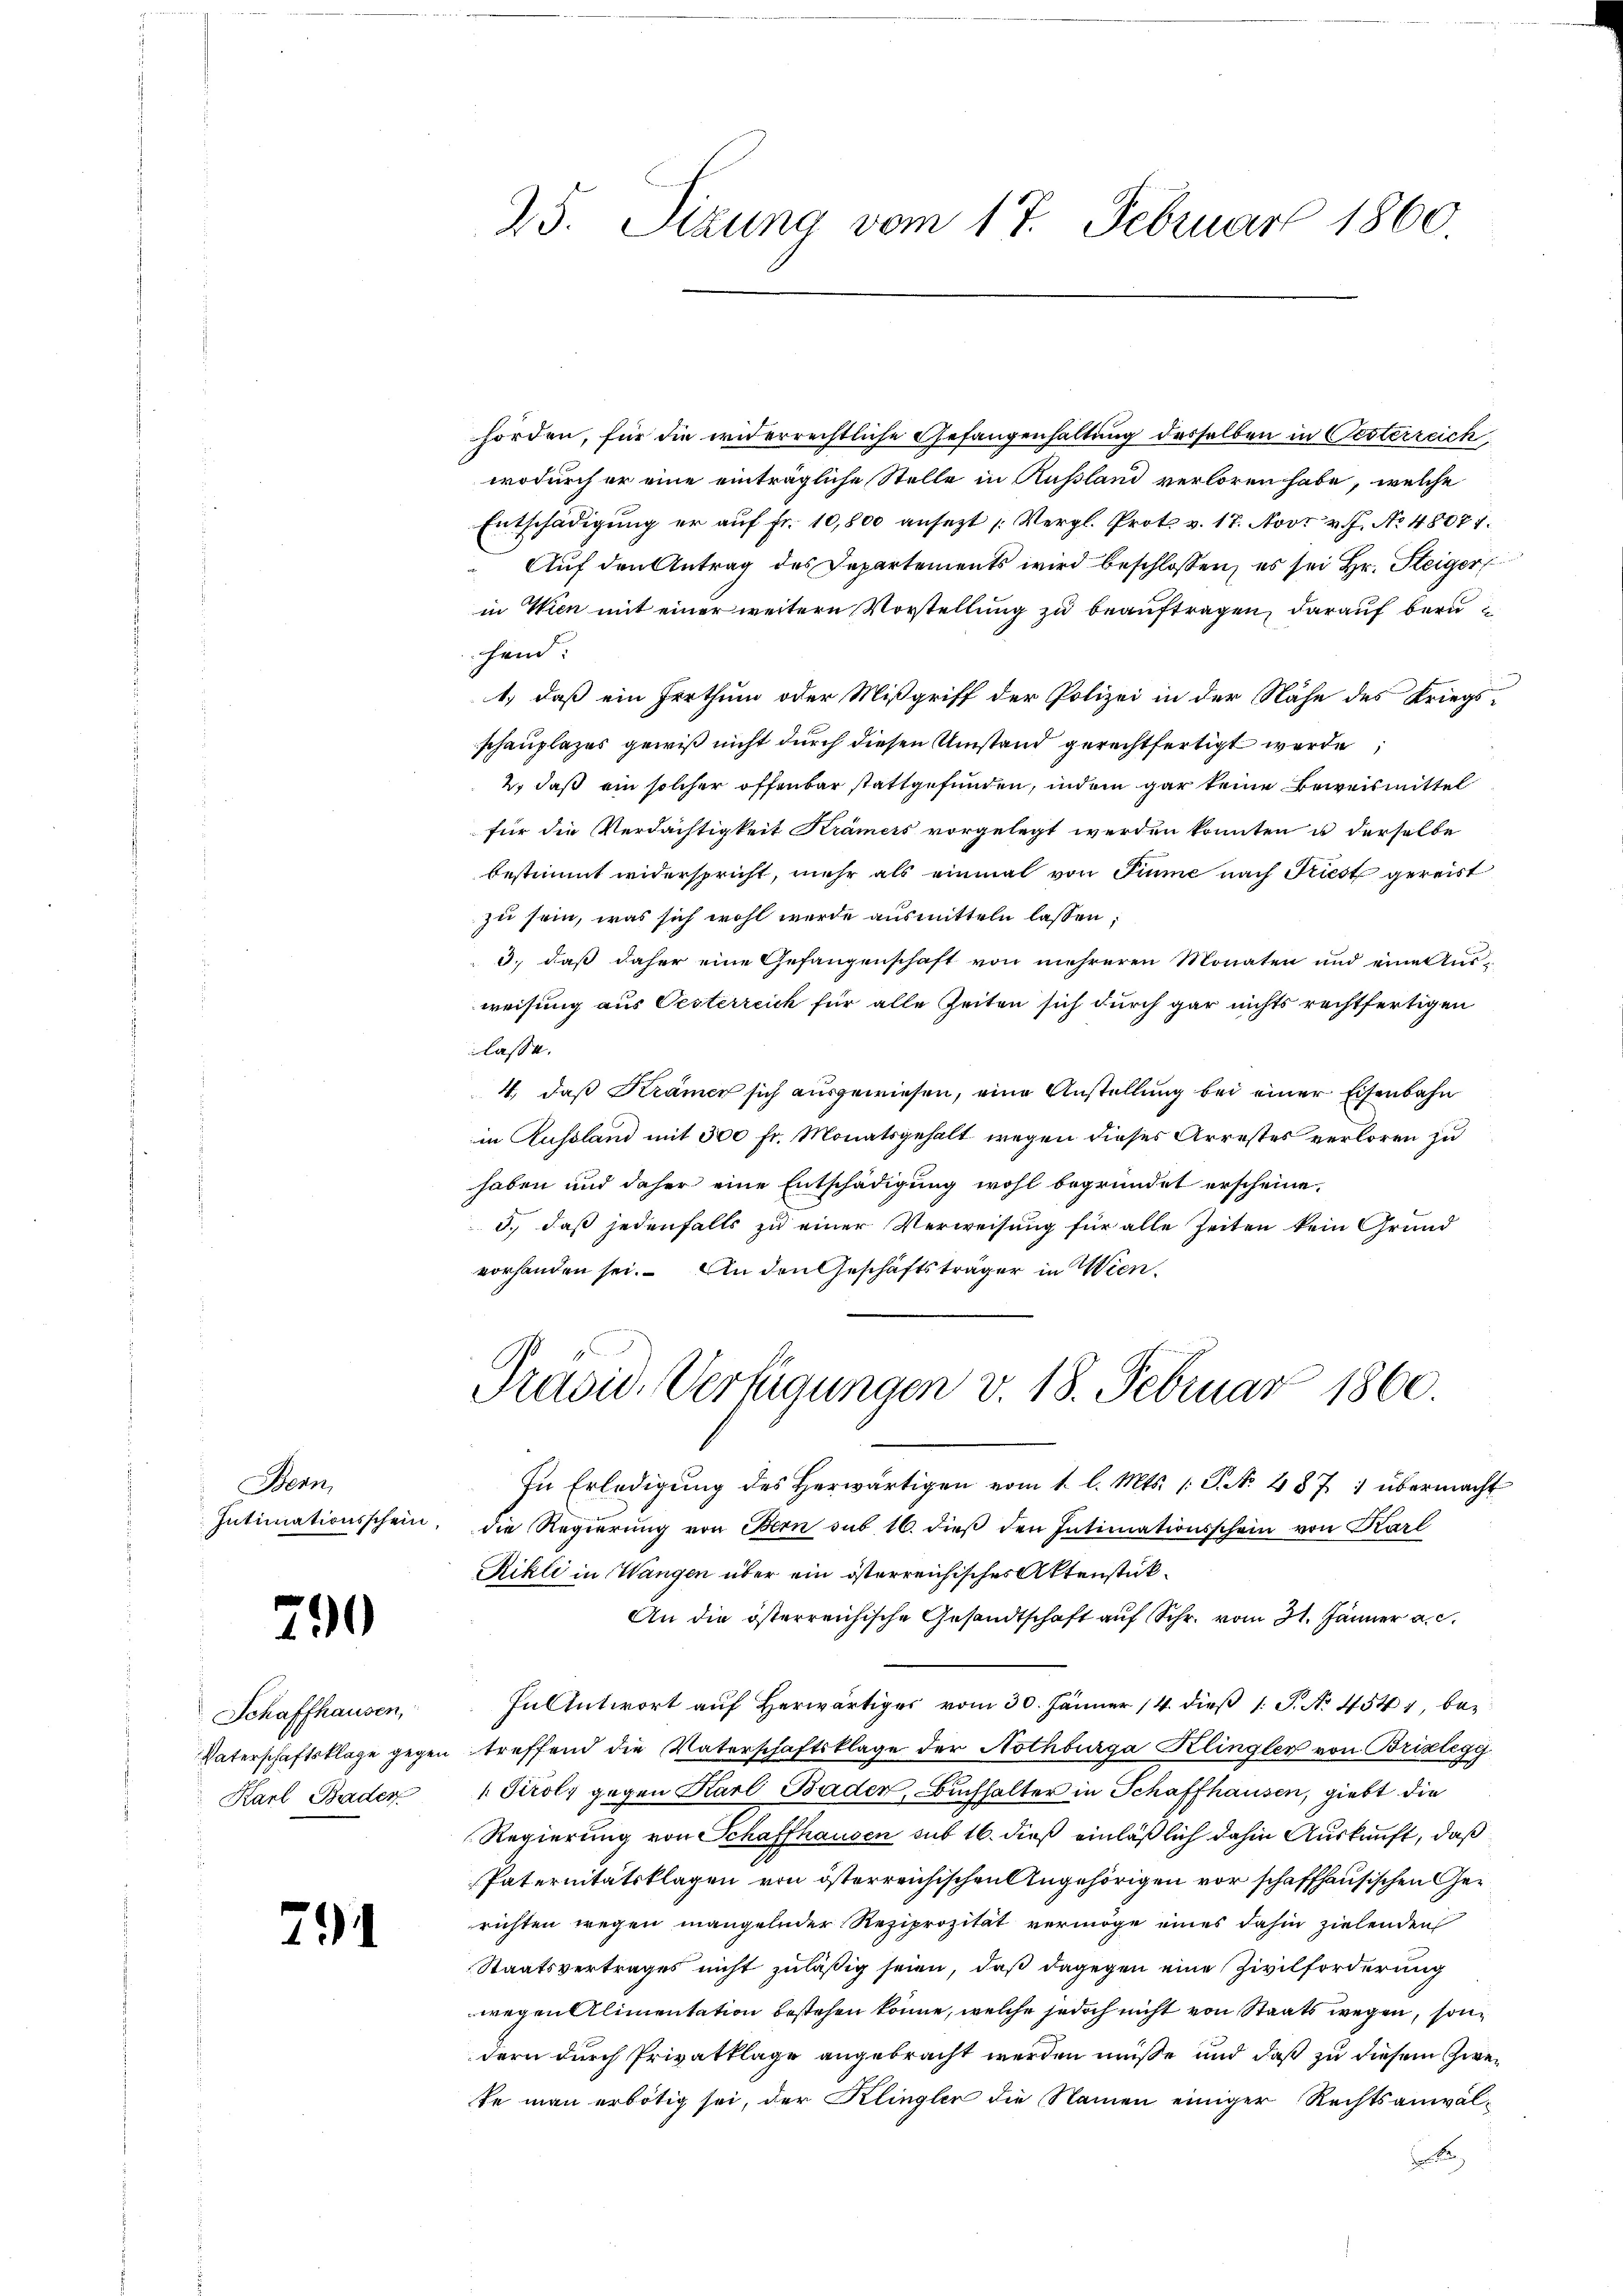
Benn

2

hörden, für die widerrechtliche Gefangenhaltung desselben in Oesterreich,
wodurch er eine einträgliche Stelle in Rußland verloren habe, welche
Entschädigung er auf Fr. 10,800 ansetzt (Vergl. Prots v. 17. Nov. v. J. No 48074.
Auf den Antrag des Departements wird beschlossen, es sei Hr. Steiger
in Wien mit einer weitern Vorstellung zu beauftragen, darauf beru
sein.
1.) daß ein Irrthum oder Mißgriff der Polizei in der Nähe des Kriegsschauplazes gewiß nicht durch diesen Umstand gerechtfertigt werde
2., daß ein solcher offenbar stattgefunden, indem gar keine Beweismittel
für die Verdächtigkeit Krämers vorgelegt werden könnten u derselbe
bestimmt widerspricht, mehr als einmal von Sinne nach Kiest gereist
zu sein, was sich wohl werde ausmitteln lassen;
3., daß daher eine Gefangenschaft von mehreren Monaten und eine Ausweisung aus Oesterreich für alle Zeiten sich durch gar nichts rechtfertigen
lasse.
4., daß Krämer sich ausgewiesen, eine Anstellung bei einer Eisenbahn
in Russland mit 300 fr. Monatsgehalt wegen dieses Arrestes verloren zu
haben und daher eine Entschädigung wohl begründet erscheine.
3., daß jedenfalls zu einer Verweisung für alle Zeiten kein Grund
vorhanden sei. An den Geschäftsträger in Wien.
Präsid. Verfügungen v. 18. Februar 1860.
In Erledigŭng des herwärtigen vom 1. l. Mts. 1. P. No. 487 : übermacht
Intimationsschein, die Regierŭng von Bern sub. 16. dieβ den Intimationsschein von Karl
Rikli in Wangen über ein österreichisches Aktenstük¬
An die österreichische Gesandtschaft auf Schr. vom 31. Jänner a. c.
In Antwort auf Herwärtiges vom 30. Jänner 14. dieß 1 S. Nr. 454, be¬
Vaterschaftsklage gegen treffend die Vaterschaftsklage der Nothbürga Klingler von Brixlegg
 Tirol, gegen Karl Baden, Buchhalter in Schaffhausen, giebt die
Regierung von Schaffhausen sub 16. dieß einläßlich dahin Auskunft, daß
Paternitätsklagen von österreichischen Angehörigen vor schaffhausischen Gerichten wegen mangelnder Reziprozität vermöge eines dahin zielenden
Staatsvertrages nicht zuläßig seien, daß dagegen eine Zivilforderung
wegen Alimentation bestehen könne, welche jedoch nicht von Staats wegen, sondern durch Privatklage angebracht werden müße und daß zu diesem Zwete man erbötig sei, der Klingler die Namen einiger Rechtsanwal¬

Schaffhausen,
Karl Bader

2

25. Sizung vom 17. Februar 1860.